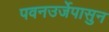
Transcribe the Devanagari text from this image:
पवनउर्जेपासुन